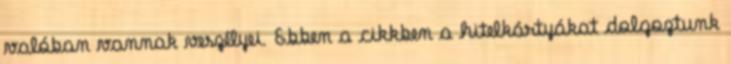
valóban vannak veszélyei. Ebben a cikkben a hitelkártyákat dolgoztunk